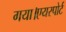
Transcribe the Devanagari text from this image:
गया।एयरपोर्ट